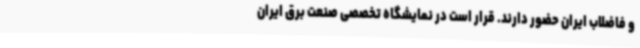
و فاضلاب ایران حضور دارند. قرار است در نمایشگاه تخصصی صنعت برق ایران